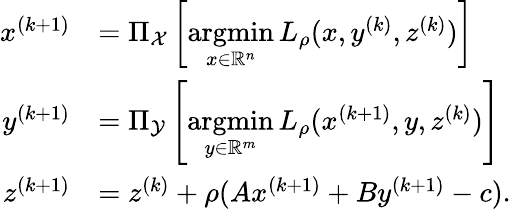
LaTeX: \begin{array}{rl}{x^{(k+1)}}&{=\Pi_{\mathcal{X}}\left[\underset{x\in\mathbb{R}^{n}}{\mathrm{argmin}}\, L_{\rho}(x,y^{(k)},z^{(k)})\right]}\\ {y^{(k+1)}}&{=\Pi_{\mathcal{Y}}\left[\underset{y\in\mathbb{R}^{m}}{\mathrm{argmin}}\, L_{\rho}(x^{(k+1)},y,z^{(k)})\right]}\\ {z^{(k+1)}}&{=z^{(k)}+\rho(Ax^{(k+1)}+By^{(k+1)}-c).}\end{array}